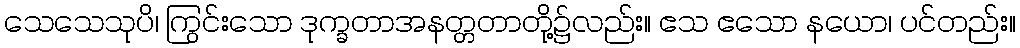
သေသေသုပိ၊ ကြွင်းသော ဒုက္ခတာအနတ္တတာတို့၌လည်း။ ဧသ ဧသော နယော၊ ပင်တည်း။